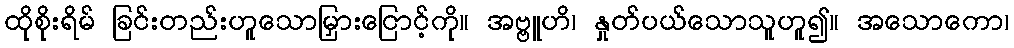
ထိုစိုးရိမ် ခြင်းတည်းဟူသောမြှားငြောင့်ကို။ အဗ္ဗူဟိ၊ နှုတ်ပယ်သောသူဟူ၍။ အသောကော၊